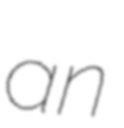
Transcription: an